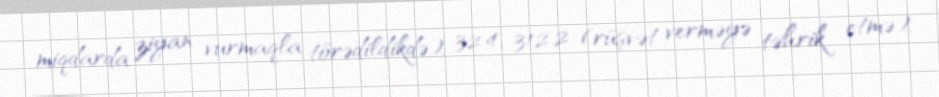
miqdarda ziyan vurmaqla törədildikdə), 32.4, 312.2 (rüşvət verməyə təhrik etmə),